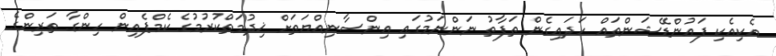
އެކިއެކި ފައުންޑޭޝަންތައް ހަދައިގެން ތަފާތު ނަންނަމުގައި އިންސާނިއްޔަތަށް ޚިދުމަތްކުރުމުގެ ކެމްޕެއިން ހިންގާ ތަރިންގެ